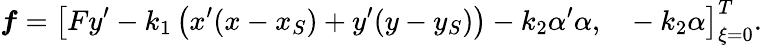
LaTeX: \boldsymbol{f}=\left[Fy^{\prime}-k_{1}\left(x^{\prime}(x-x_{S})+y^{\prime}(y-y_{S})\right)-k_{2}\alpha^{\prime}\alpha,~~~-k_{2}\alpha\right]_{\xi=0}^{T}.